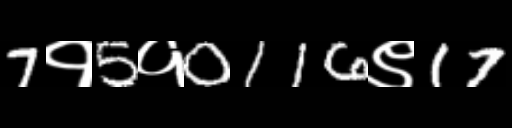
Text: 7१5१0116९17